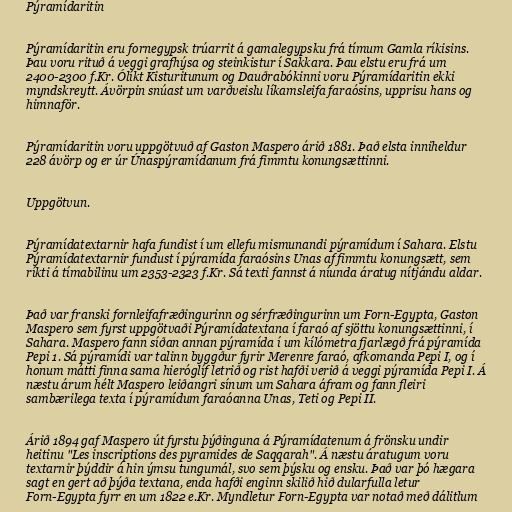
Pýramídaritin

Pýramídaritin eru fornegypsk trúarrit á gamalegypsku frá tímum Gamla ríkisins.
Þau voru rituð á veggi grafhýsa og steinkistur í Sakkara. Þau elstu eru frá um
2400-2300 f.Kr. Ólíkt Kisturitunum og Dauðrabókinni voru Pýramídaritin ekki
myndskreytt. Ávörpin snúast um varðveislu líkamsleifa faraósins, upprisu hans og
himnaför.

Pýramídaritin voru uppgötvuð af Gaston Maspero árið 1881. Það elsta inniheldur
228 ávörp og er úr Únaspýramídanum frá fimmtu konungsættinni.

Uppgötvun.

Pýramídatextarnir hafa fundist í um ellefu mismunandi pýramídum í Sahara. Elstu
Pýramídatextarnir fundust í pýramída faraósins Unas af fimmtu konungsætt, sem
ríkti á tímabilinu um 2353-2323 f.Kr. Sá texti fannst á níunda áratug nítjándu aldar.

Það var franski fornleifafræðingurinn og sérfræðingurinn um Forn-Egypta, Gaston
Maspero sem fyrst uppgötvaði Pýramídatextana í faraó af sjöttu konungsættinni, í
Sahara. Maspero fann síðan annan pýramída í um kílómetra fjarlægð frá pýramída
Pepi 1. Sá pýramídi var talinn byggður fyrir Merenre faraó, afkomanda Pepi I, og í
honum mátti finna sama hieróglíf letrið og rist hafði verið á veggi pýramída Pepi I. Á
næstu árum hélt Maspero leiðangri sínum um Sahara áfram og fann fleiri
sambærilega texta í pýramídum faraóanna Unas, Teti og Pepi II.

Árið 1894 gaf Maspero út fyrstu þýðinguna á Pýramídatenum á frönsku undir
heitinu "Les inscriptions des pyramides de Saqqarah". Á næstu áratugum voru
textarnir þýddir á hin ýmsu tungumál, svo sem þýsku og ensku. Það var þó hægara
sagt en gert að þýða textana, enda hafði enginn skilið hið dularfulla letur
Forn-Egypta fyrr en um 1822 e.Kr. Myndletur Forn-Egypta var notað með dálitlum